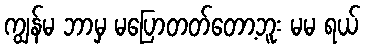
ကျွန်မ ဘာမှ မပြောတတ်တော့ဘူး မမ ရယ်